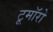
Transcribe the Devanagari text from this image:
टूमॉरो